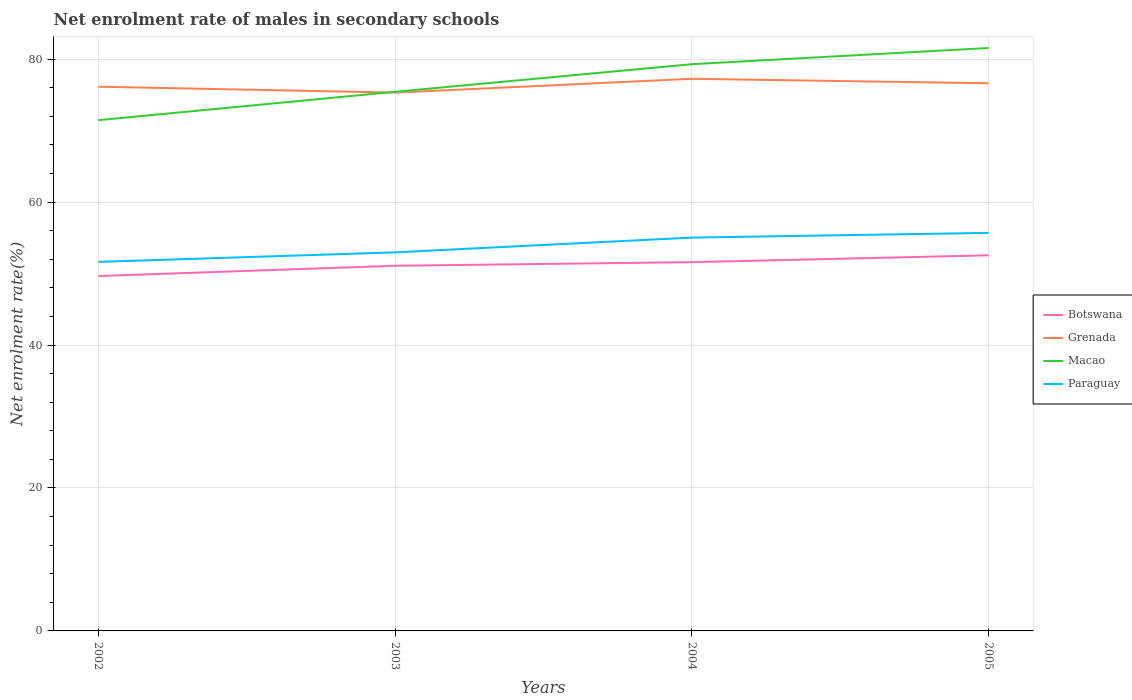
| Years | Botswana | Grenada | Macao | Paraguay |
 | --- | --- | --- | --- | --- |
 | 2002 | 49.7 | 76.1 | 71.5 | 51.6 |
 | 2003 | 51.1 | 75.3 | 75.4 | 53 |
 | 2004 | 51.6 | 77.2 | 79.3 | 55 |
 | 2005 | 52.6 | 76.6 | 81.6 | 55.7 |